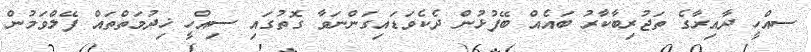
ސއްހީ ދާއިރާގެ ތަޖުރިބާކާރު ބައެއް ބޭފުޅުން ދެކެވަޑައިގަންނަވާ ގޮތުގައި ސިއްހީ ޚިދުމަތްތައް ފޭލްވަމުން